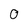
Character: O